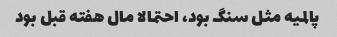
پالمیه مثل سنگ بود، احتمالا مال هفته قبل بود